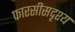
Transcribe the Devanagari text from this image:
फारसीसदृश्य